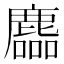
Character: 𪋓